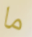
ما